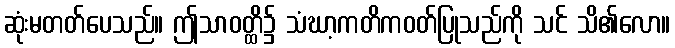
ဆုံးမတတ်ပေသည်။ ဤသာဝတ္ထိ၌ သံဃာ့ကတိကဝတ်ပြုသည်ကို သင် သိ၏လော။